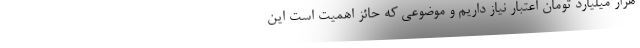
هزار میلیارد تومان اعتبار نیاز داریم و موضوعی که حائز اهمیت است این